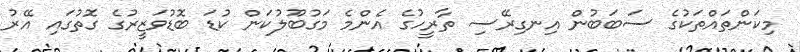
މިކަންތައްތަކުގެ ސަބަބުން އިނގިރޭސި ތާރީހުގެ އެންމެ މަގުބޫލުކަން ކުޑަ ބޮޑުވަޒީރުގެ ގޮތުގައި އޭރު